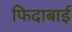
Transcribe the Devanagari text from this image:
फिदाबाई